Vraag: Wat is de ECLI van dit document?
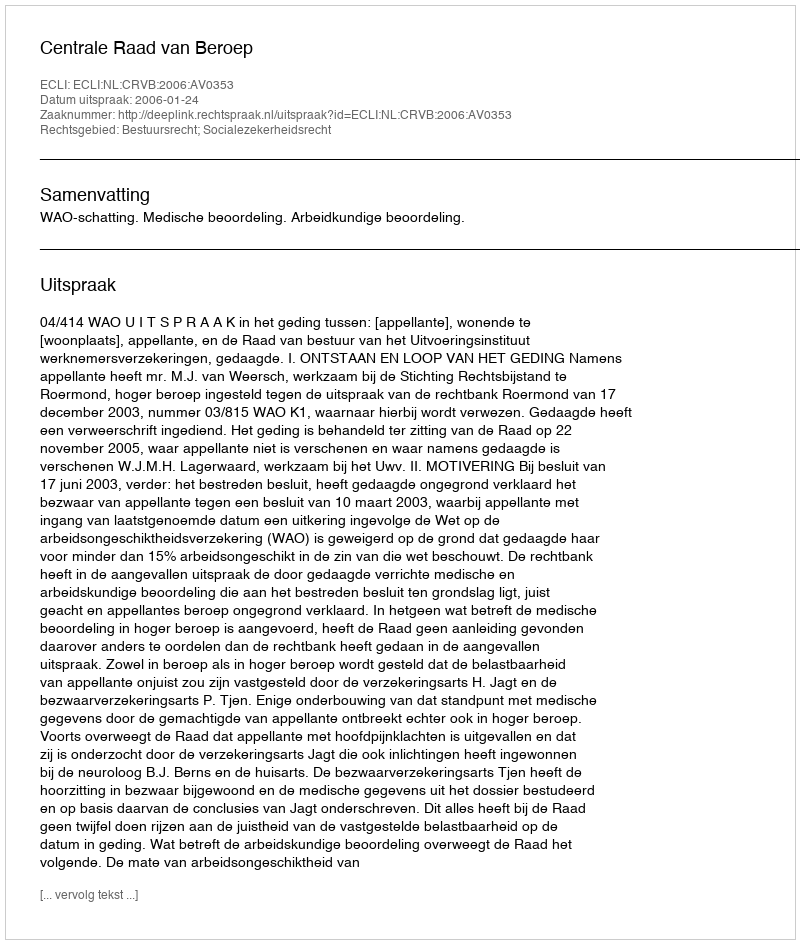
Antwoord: ECLI:NL:CRVB:2006:AV0353